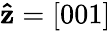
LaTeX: \mathbf{\hat{z}}=[001]